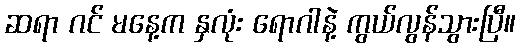
ဆရာ ဂင် မနေ့က နှလုံး ရောဂါနဲ့ ကွယ်လွန်သွားပြီ။